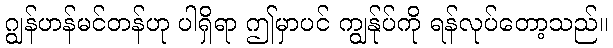
ဂျွန်ဟန်မင်တန်ဟု ပါရှိရာ ဤမှာပင် ကျွန်ုပ်ကို ရန်လုပ်တော့သည်။